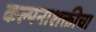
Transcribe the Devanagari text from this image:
कल्पनाशक्तीचा